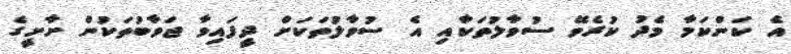
އެ ކަންކަމާ މެދު ކުރެވޭ ސުވާލުތަކާއި އެ ސުވާލުތަކަށް ދީފައިވާ ޖަވާބުތަކުން ށާށީގެ